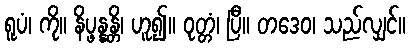
ရူပံ၊ ကို။ နိပ္ဖန္နန္တိ၊ ဟူ၍။ ဝုတ္တံ၊ ပြီ။ တဒေဝ၊ သည်လျှင်။